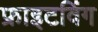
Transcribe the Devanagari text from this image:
फ्राइटविंग